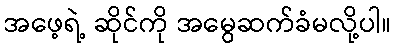
အဖေ့ရဲ့ ဆိုင်ကို အမွေဆက်ခံမလို့ပါ။